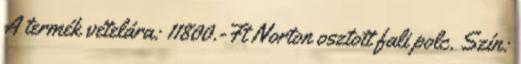
A termék vételára: 11800.-Ft Norton osztott fali polc. Szín: